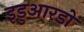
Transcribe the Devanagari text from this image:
इडुआरडो